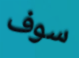
سوف